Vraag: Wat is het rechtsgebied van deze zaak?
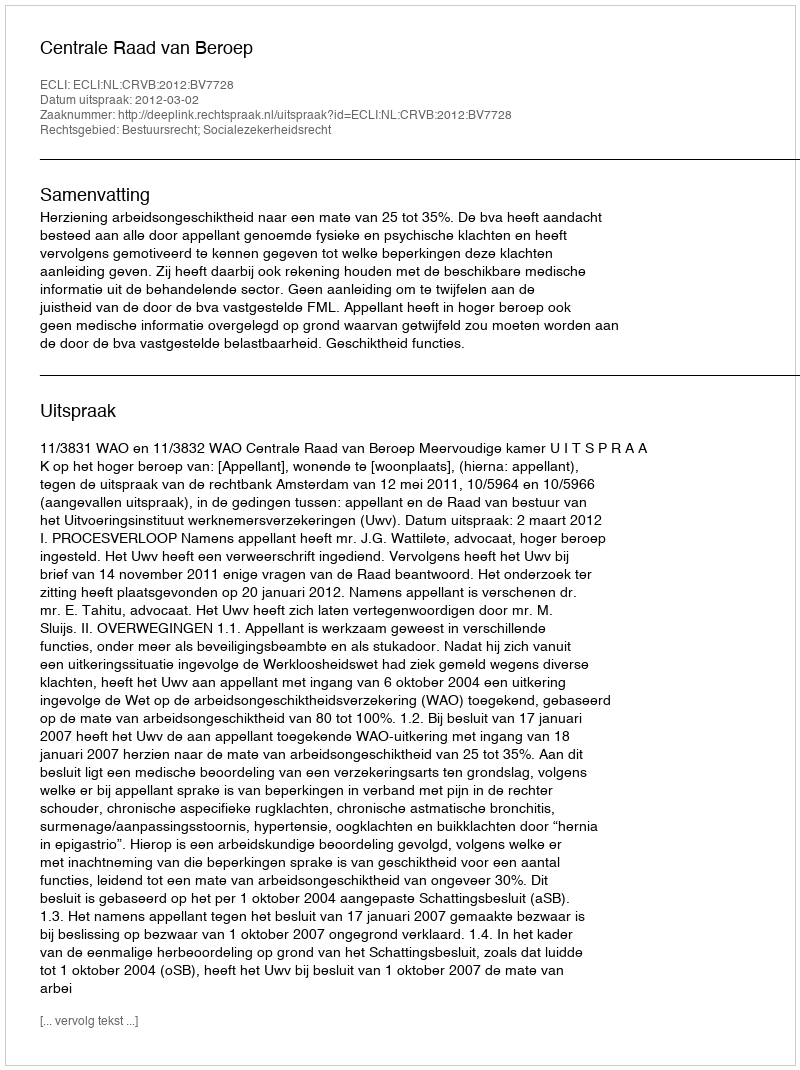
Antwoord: Bestuursrecht; Socialezekerheidsrecht